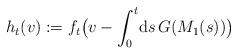
LaTeX: \begin{align*}h_t(v) := f_t\big(v- \int_0^t\!\mathrm{d} s\, G( M_1(s))\big)\end{align*}